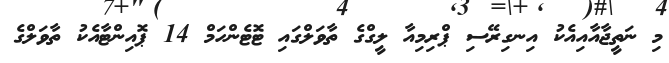
މި ނަތީޖާއާއިއެކު އިނގިރޭސި ޕްރިމިއާ ލީގްގެ ތާވަލްގައި ޓޮޓެންހަމް 14 ޕޮއިންޓާއެކު ތާވަލްގެ